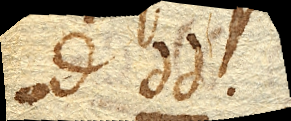
ad dd.